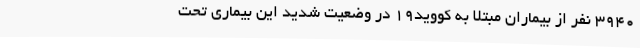
3940 نفر از بیماران مبتلا به کووید19 در وضعیت شدید این بیماری تحت